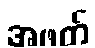
အဖတ်